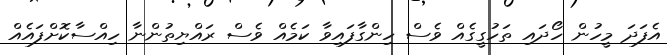
އެފަދަ މީހުން ހޯދައި ތަހުގީގެއް ވެސް ހިންގާފައިވާ ކަމެއް ވެސް ރައްޔިތުންނާ ހިއްސާކޮށްފައެއް